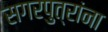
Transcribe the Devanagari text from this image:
सगरपुत्रांना